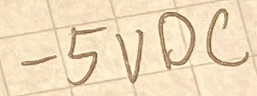
Text: -5VDC